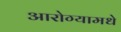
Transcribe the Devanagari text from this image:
आरोग्यामधे